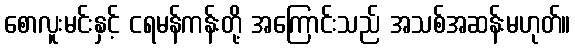
စောလူးမင်းနှင့် ငရမန်ကန်းတို့ အကြောင်းသည် အသစ်အဆန်းမဟုတ်။